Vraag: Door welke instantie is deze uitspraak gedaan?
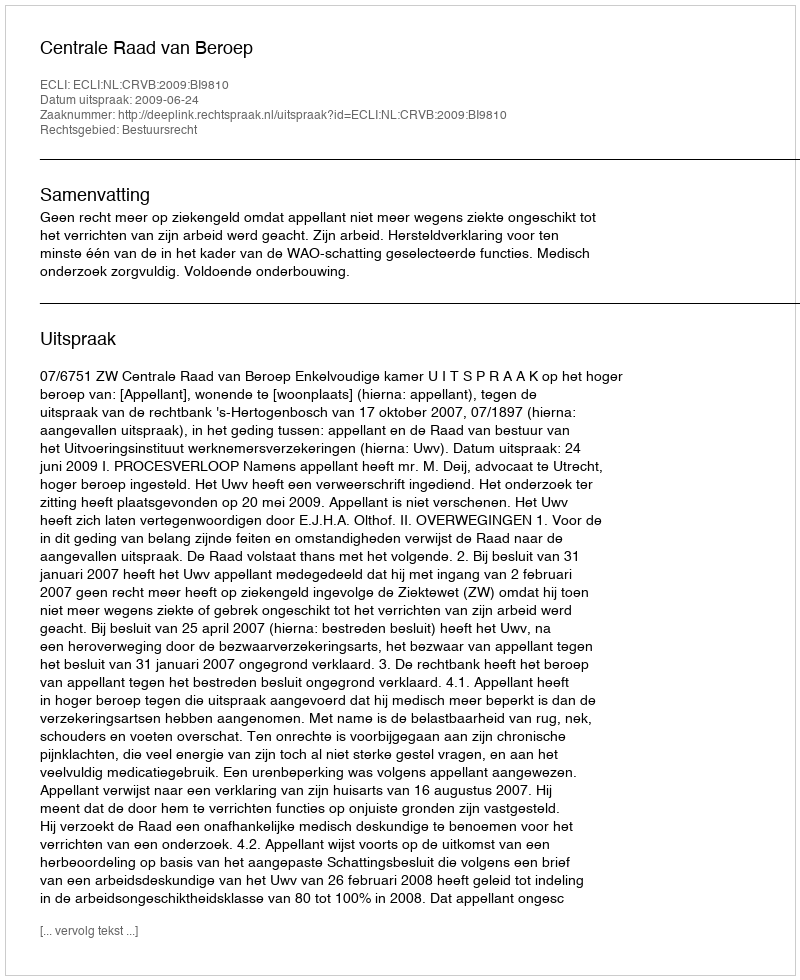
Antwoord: Centrale Raad van Beroep